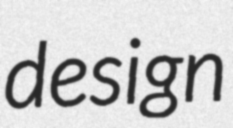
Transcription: design